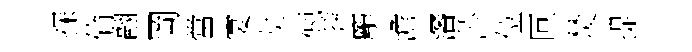
探倫翮岡當宴龙徳莾龐澹瀋莎位叵焚提